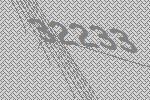
32233